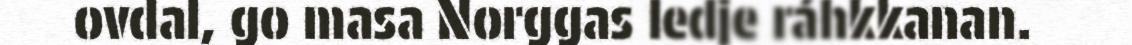
ovdal, go masa Norggas ledje ráhkkanan.